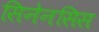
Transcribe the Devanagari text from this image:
सिनेनसिस